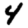
Digit: 4